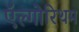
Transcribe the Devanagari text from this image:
ऍल्गोरिथम